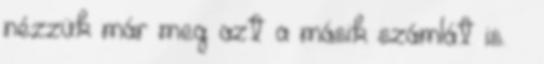
nézzük már meg azt a másik számlát is. –